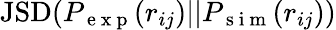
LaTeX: \mathrm{JSD}(P_{\mathrm{~e~x~p~}}(r_{ij})||P_{\mathrm{~s~i~m~}}(r_{ij}))